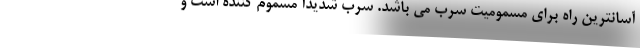
آسانترین راه برای مسمومیت سرب می باشد. سرب شدیدآ مسموم کننده است و